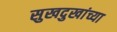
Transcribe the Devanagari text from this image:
सुखदुखांच्या